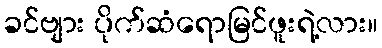
ခင်ဗျား ပိုက်ဆံရောမြင်ဖူးရဲ့လား။